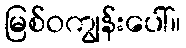
မြစ်ဝကျွန်းပေါ်။